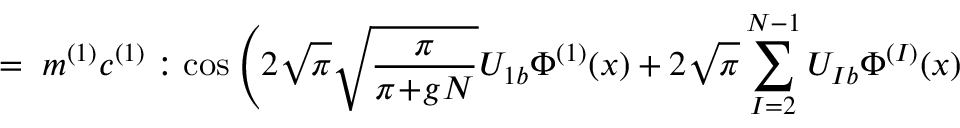
= \; m ^ { ( 1 ) } c ^ { ( 1 ) } : \cos \Bigg ( 2 \sqrt { \pi } \sqrt { \frac { \pi } { \pi \! + \! g N } } U _ { 1 b } \Phi ^ { ( 1 ) } ( x ) + 2 \sqrt { \pi } \sum _ { I = 2 } ^ { N - 1 } U _ { I b } \Phi ^ { ( I ) } ( x )